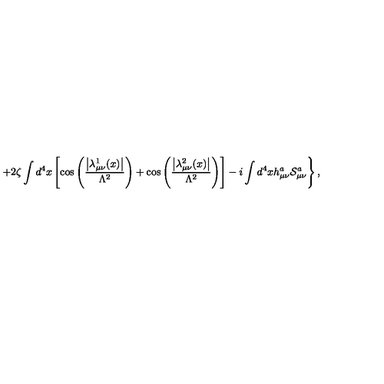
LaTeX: \left. + 2 \zeta \int d ^ { 4 } x \left[ \cos \left( \frac { \left| \lambda _ { \mu \nu } ^ { 1 } ( x ) \right| } { \Lambda ^ { 2 } } \right) + \cos \left( \frac { \left| \lambda _ { \mu \nu } ^ { 2 } ( x ) \right| } { \Lambda ^ { 2 } } \right) \right] - i \int d ^ { 4 } x h _ { \mu \nu } ^ { a } { \cal S } _ { \mu \nu } ^ { a } \right\} ,